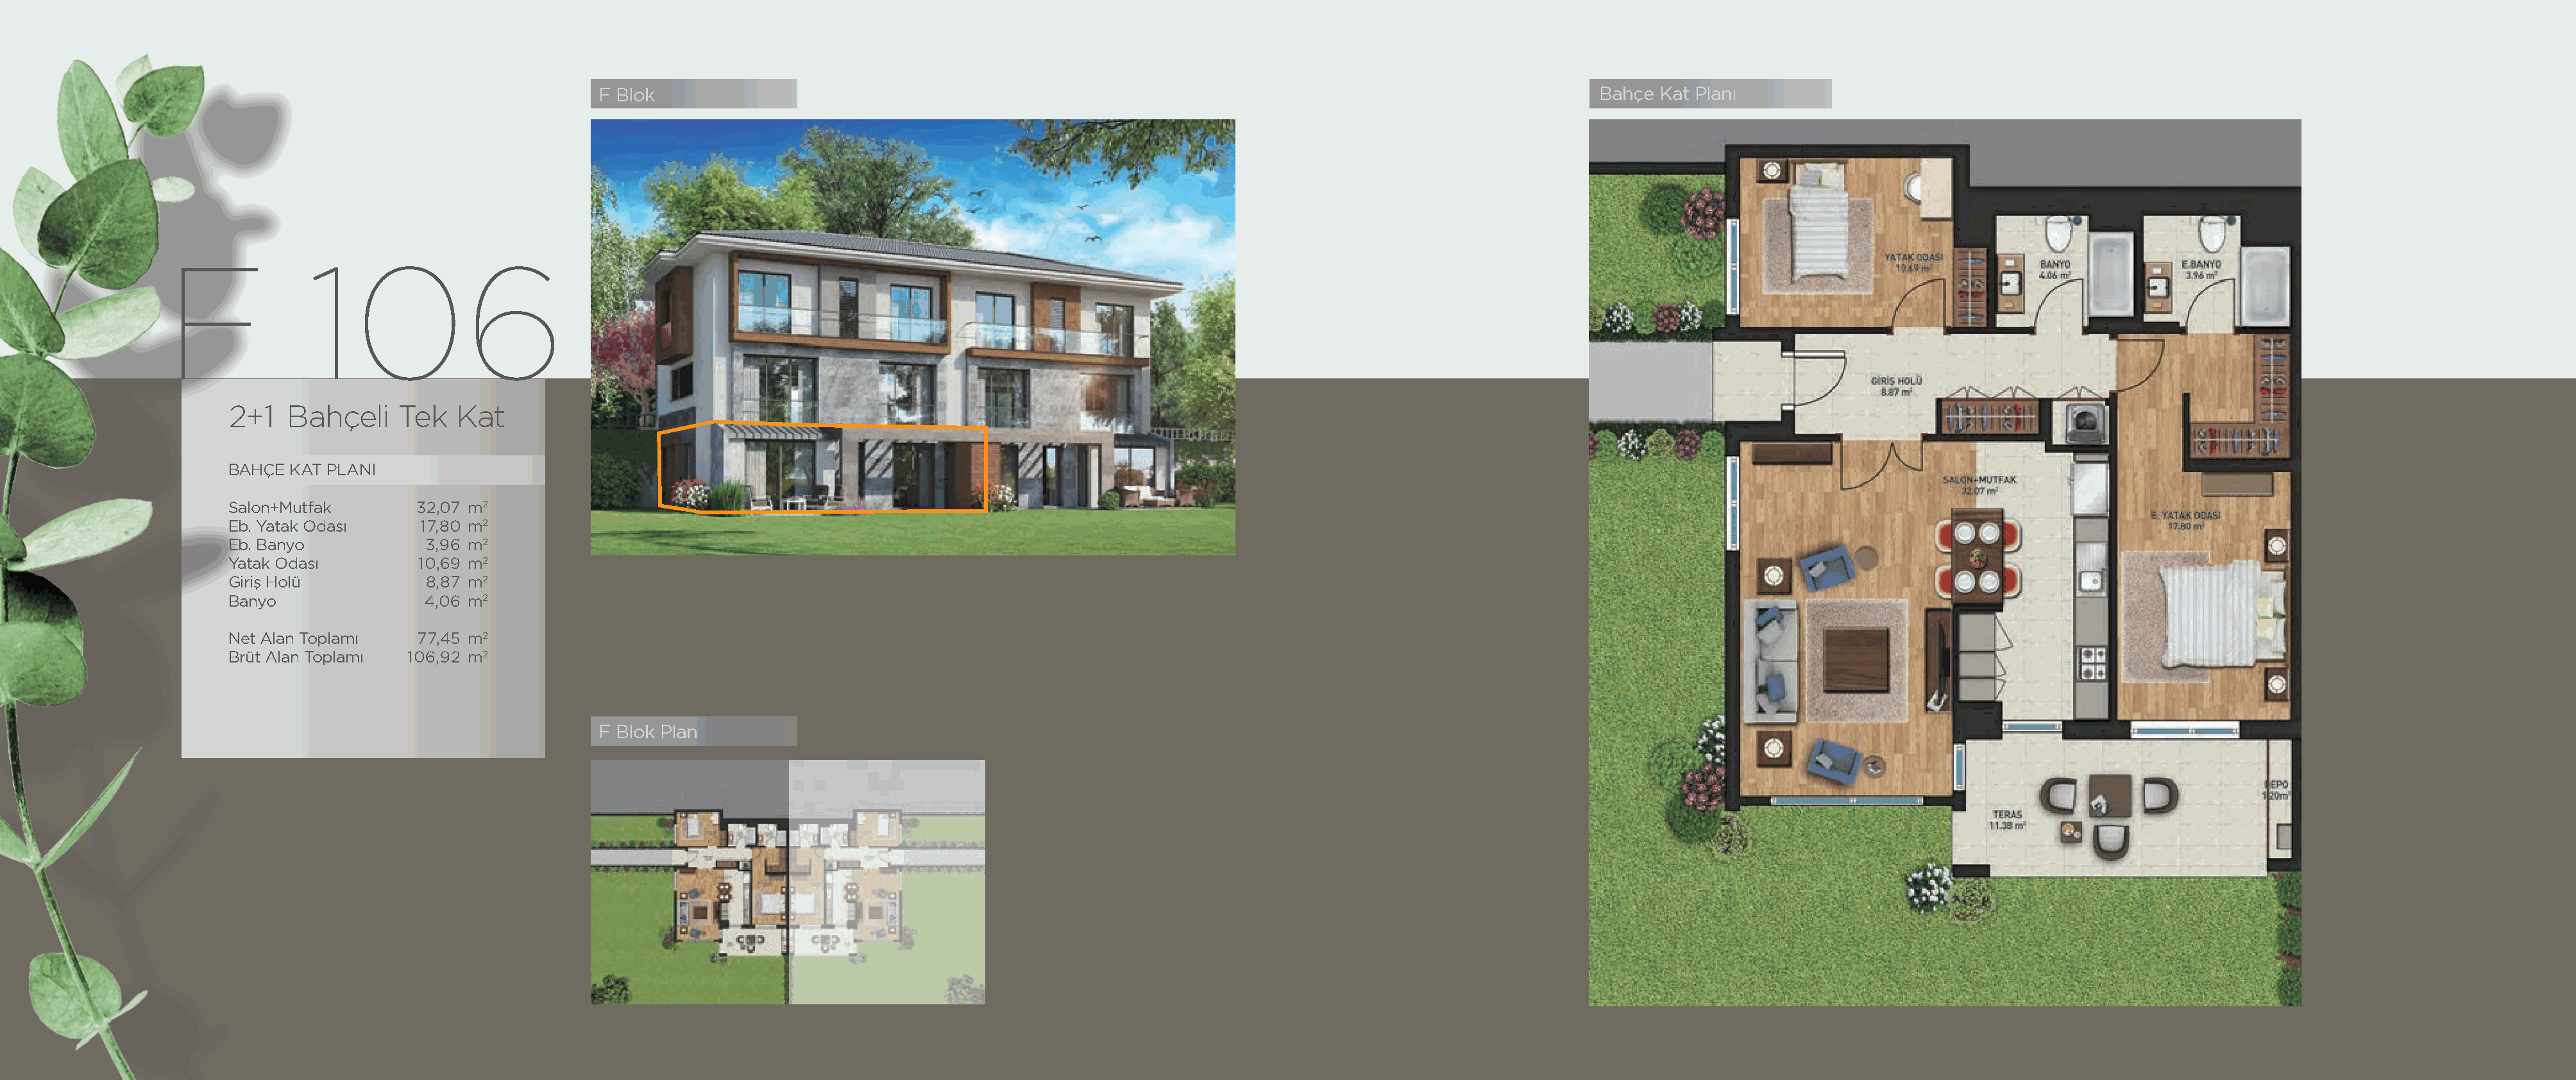
F Blok                                                                                                 Bahçe Kat Planı
 F              106
 2+1   Bahçeli    Tek   Kat
 BAHÇE KAT PLANI
 Salon+Mutfak       32,07 m2
 Eb. Yatak Odası    17,80 m2
 Eb. Banyo           3,96 m2
 Yatak Odası        10,69 m2
 Giriş Holü          8,87 m2
 Banyo               4,06 m2
 Net Alan Toplamı   77,45 m2
 Brüt Alan Toplamı 106,92 m2
 F Blok Plan